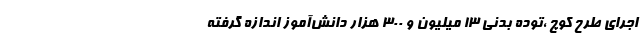
اجرای طرح کوچ ،توده بدنی 13 میلیون و 300 هزار دانش‌آموز اندازه گرفته